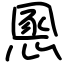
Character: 慁